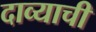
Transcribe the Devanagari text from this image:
दाव्याची